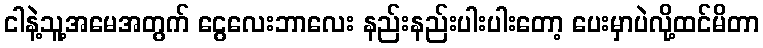
ငါနဲ့သူ့အမေအတွက် ငွေလေးဘာလေး နည်းနည်းပါးပါးတော့ ပေးမှာပဲလို့ထင်မိတာ